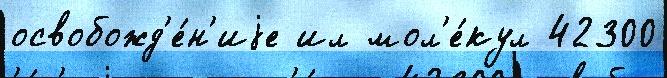
освобожд'е́н'иjе ил мол'е́кул 42300